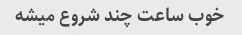
خوب ساعت چند شروع میشه